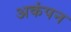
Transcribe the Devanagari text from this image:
अकंपन